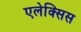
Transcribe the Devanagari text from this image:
एलेक्‍सिस